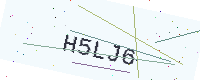
Text: H5LJ6